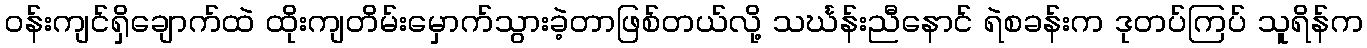
ဝန်းကျင်ရှိချောက်ထဲ ထိုးကျတိမ်းမှောက်သွားခဲ့တာဖြစ်တယ်လို့ သင်္ဃန်းညီနောင် ရဲစခန်းက ဒုတပ်ကြပ် သူရိန်က